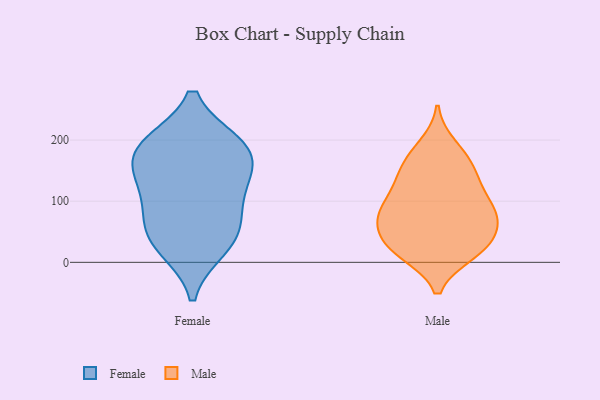
{"axis": {"x": "Conversion Rate (%)", "y": "Value"}, "legend": ["Female", "Male"], "data": [{"x": "", "y": 128, "type": "Female"}, {"x": "", "y": 55, "type": "Female"}, {"x": "", "y": 190, "type": "Female"}, {"x": "", "y": 25, "type": "Female"}, {"x": "", "y": 37, "type": "Female"}, {"x": "", "y": 192, "type": "Female"}, {"x": "", "y": 84, "type": "Female"}, {"x": "", "y": 166, "type": "Female"}, {"x": "", "y": 128, "type": "Female"}, {"x": "", "y": 188, "type": "Female"}, {"x": "", "y": 190, "type": "Male"}, {"x": "", "y": 164, "type": "Male"}, {"x": "", "y": 61, "type": "Male"}, {"x": "", "y": 129, "type": "Male"}, {"x": "", "y": 79, "type": "Male"}, {"x": "", "y": 65, "type": "Male"}, {"x": "", "y": 20, "type": "Male"}, {"x": "", "y": 15, "type": "Male"}, {"x": "", "y": 95, "type": "Male"}, {"x": "", "y": 169, "type": "Male"}, {"x": "", "y": 21, "type": "Male"}, {"x": "", "y": 143, "type": "Male"}, {"x": "", "y": 125, "type": "Male"}, {"x": "", "y": 33, "type": "Male"}, {"x": "", "y": 89, "type": "Male"}, {"x": "", "y": 84, "type": "Male"}, {"x": "", "y": 63, "type": "Male"}, {"x": "", "y": 22, "type": "Male"}]}